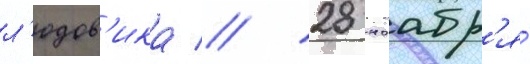
л'юдов'ика // 28 ноабр'я́